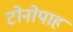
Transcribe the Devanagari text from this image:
टोनोपाह